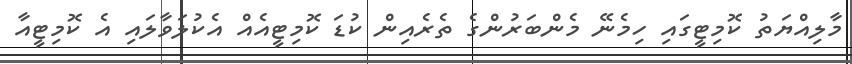
މާލިއްޔަތު ކޮމިޓީގައި ހިމެނޭ މެންބަރުންގެ ތެރެއިން ކުޑަ ކޮމިޓީއެއް އެކުލަވާލައި އެ ކޮމިޓީއާ